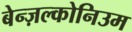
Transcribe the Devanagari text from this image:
बेन्ज़ल्कोनिउम